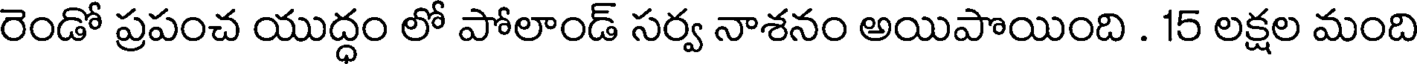
రెండో ప్రపంచ యుద్ధం లో పోలాండ్ సర్వ నాశనం అయిపొయింది . 15 లక్షల మంది